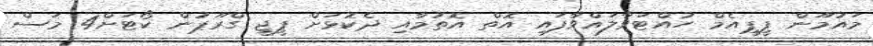
މައުމޫން ޕީޕީއެމް ހުއްޓަވާލައްވާފައި އޮތް އޮތުމާއި ދެކޮޅަށް ޕީޖީ ގްރޫޕުން ކޯޓަށް4 މަސް